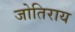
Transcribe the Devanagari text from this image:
जोतिराय